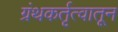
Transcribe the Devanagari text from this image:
ग्रंथकर्तृत्वातून